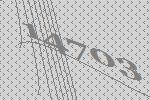
14703